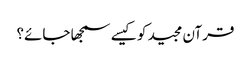
قرآن مجید کو کیسے سمجھا جائے؟